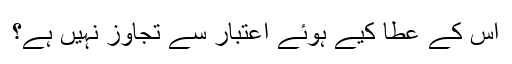
اُس کے عطا کیے ہوئے اعتبار سے تجاوز نہیں ہے؟